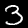
Label: 3